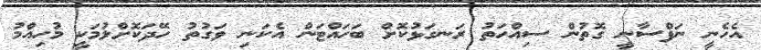
އެހެނީ ނަފްސާނީ ގޮތުން ސިއްހަތު ރަނގަޅުކޮށް ބަހައްޓަން އެކަނި ވަގުތު ހޭދަކޮށްލުމަކީ މުހިއްމު